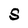
Character: S